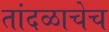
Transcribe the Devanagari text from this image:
तांदळाचेच